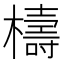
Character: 檮